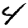
Digit: 4